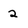
Character: 2